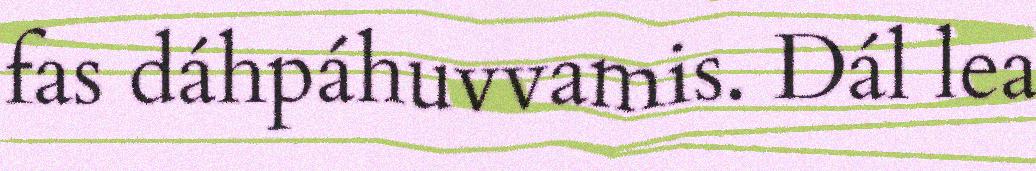
fas dáhpáhuvvamis. Dál lea